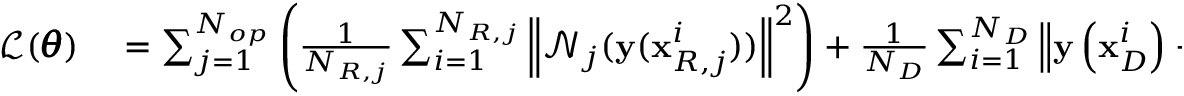
\begin{array} { r l } { \mathcal { L } ( \pmb { \theta } ) } & { { } = \sum _ { j = 1 } ^ { N _ { o p } } { \left( \frac { 1 } { N _ { R , j } } \sum _ { i = 1 } ^ { N _ { R , j } } { \left\| \mathcal { N } _ { j } ( \mathbf { y } ( \mathbf { x } _ { R , j } ^ { i } ) ) \right\| ^ { 2 } } \right) } + \frac { 1 } { N _ { D } } \sum _ { i = 1 } ^ { N _ { D } } { \left\| \mathbf { y } \left( \mathbf { x } _ { D } ^ { i } \right) - \mathbf { y } ^ { i , * } \right\| ^ { 2 } } } \end{array}